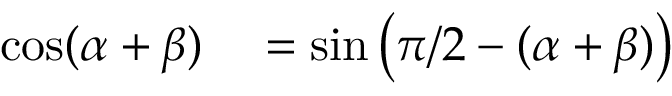
\begin{array} { r l } { \cos ( \alpha + \beta ) } & { { } = \sin \left( \pi / 2 - ( \alpha + \beta ) \right) } \end{array}